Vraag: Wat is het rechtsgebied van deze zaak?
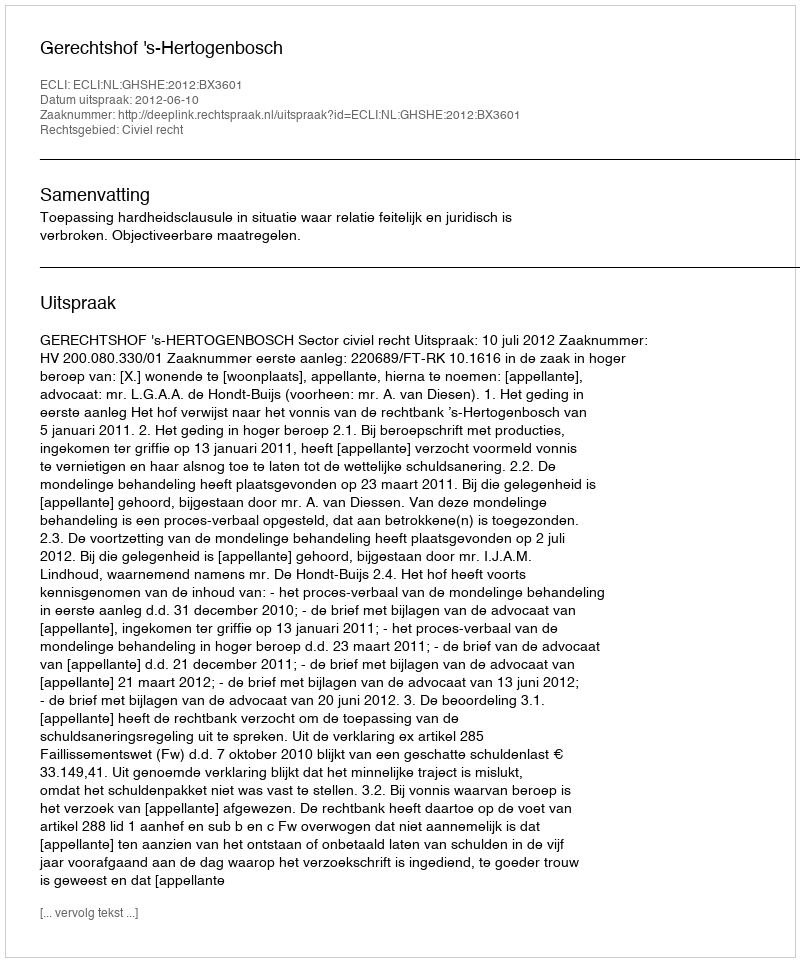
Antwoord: Civiel recht